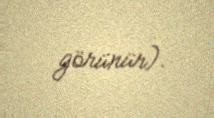
görünür).